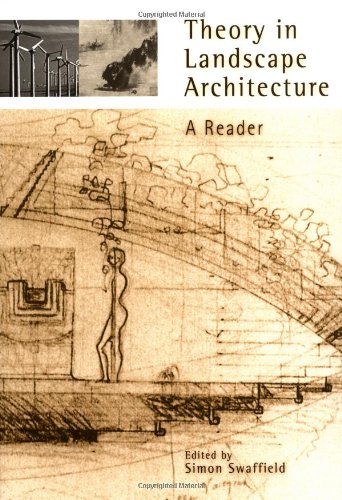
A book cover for Theory in Landscape Architecture: A Reader (Penn Studies in Landscape Architecture); Arts & Photography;